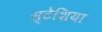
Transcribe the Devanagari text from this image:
स्टेशिया